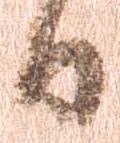
日